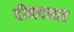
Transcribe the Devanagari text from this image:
दीनपनाह